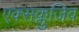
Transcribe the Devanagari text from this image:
एक्सक्लुजिव